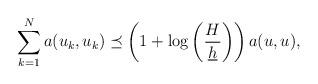
LaTeX: \begin{align*} \sum_{k=1}^N a(u_k,u_k)\preceq\left(1+\log\left(\frac{H}{\underline h}\right)\right)a(u,u),\end{align*}